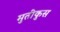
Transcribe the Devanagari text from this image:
मुतीकुस